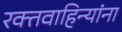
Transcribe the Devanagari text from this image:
रक्तवाहिन्यांना